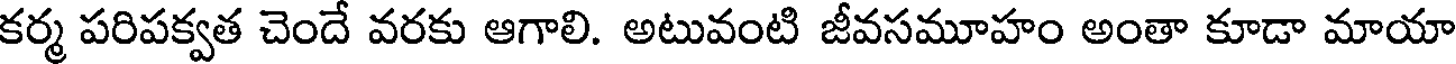
కర్మ పరిపక్వత చెందే వరకు ఆగాలి. అటువంటి జీవసమూహం అంతా కూడా మాయా